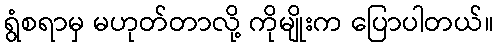
ရွံစရာမှ မဟုတ်တာလို့ ကိုမျိုးက ပြောပါတယ်။